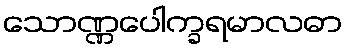
သောဏ္ဏပေါက္ခရမာလဓာ